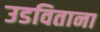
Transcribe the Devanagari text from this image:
उडविताना